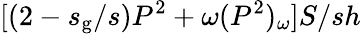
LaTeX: [(2-s_{\mathrm{g}}/s)P^{2}+\omega(P^{2})_{\omega}]S/sh